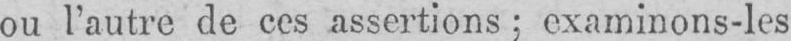
ou l’autre de ces assertions; examinons-les